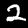
Label: 2